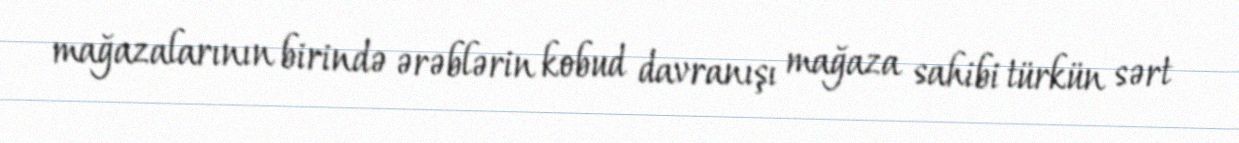
mağazalarının birində ərəblərin kobud davranışı mağaza sahibi türkün sərt